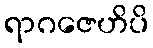
ရာဂဇေဟိပိ